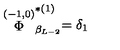
\stackrel { ( - 1 , 0 ) } { \Phi } _ { \beta _ { L - 2 } } ^ { * ( 1 ) } = \delta _ { 1 }